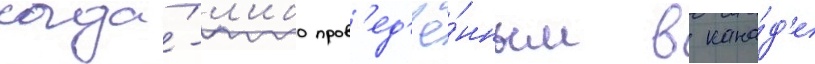
когда́-л'ибо пров'ед'ё́нным в кана́д'е